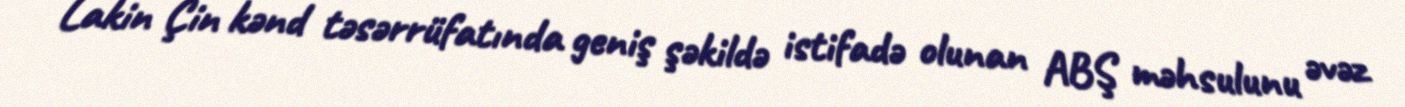
Lakin Çin kənd təsərrüfatında geniş şəkildə istifadə olunan ABŞ məhsulunu əvəz